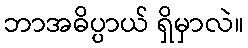
ဘာအဓိပ္ပာယ် ရှိမှာလဲ။